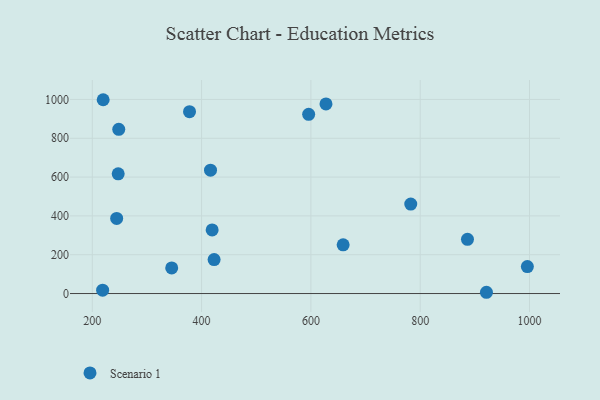
{"axis": {"x": "Ad Spend", "y": "Rating"}, "legend": ["Scenario 1"], "data": [{"x": "345.3", "y": 131.8, "type": "Scenario 1"}, {"x": "244.6", "y": 386.9, "type": "Scenario 1"}, {"x": "416.3", "y": 635.4, "type": "Scenario 1"}, {"x": "247.4", "y": 617.0, "type": "Scenario 1"}, {"x": "377.9", "y": 937.1, "type": "Scenario 1"}, {"x": "782.7", "y": 461.1, "type": "Scenario 1"}, {"x": "996.1", "y": 138.9, "type": "Scenario 1"}, {"x": "422.9", "y": 175.2, "type": "Scenario 1"}, {"x": "219.9", "y": 998.6, "type": "Scenario 1"}, {"x": "218.9", "y": 17.5, "type": "Scenario 1"}, {"x": "419.3", "y": 327.8, "type": "Scenario 1"}, {"x": "627.6", "y": 976.9, "type": "Scenario 1"}, {"x": "921.2", "y": 6.5, "type": "Scenario 1"}, {"x": "248.4", "y": 846.1, "type": "Scenario 1"}, {"x": "659.0", "y": 250.8, "type": "Scenario 1"}, {"x": "886.5", "y": 279.2, "type": "Scenario 1"}, {"x": "595.9", "y": 923.2, "type": "Scenario 1"}]}